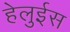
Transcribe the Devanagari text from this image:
हेलुईस